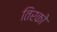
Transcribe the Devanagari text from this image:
तिरको